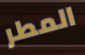
المطر